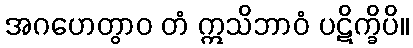
အဂဟေတွာဝ တံ ဣသိဘာဝံ ပဋိက္ခိပိ။